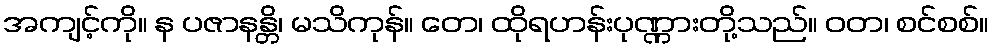
အကျင့်ကို။ န ပဇာနန္တိ၊ မသိကုန်။ တေ၊ ထိုရဟန်းပုဏ္ဏားတို့သည်။ ဝတ၊ စင်စစ်။